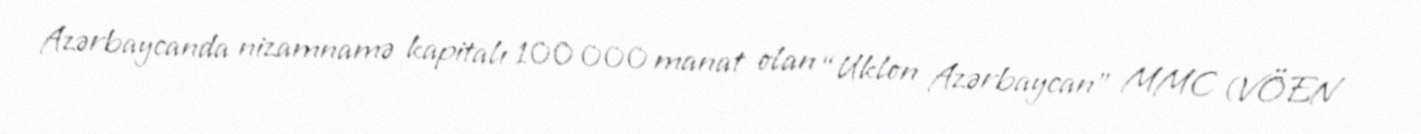
Azərbaycanda nizamnamə kapitalı 100 000 manat olan “Uklon Azərbaycan” MMC (VÖEN